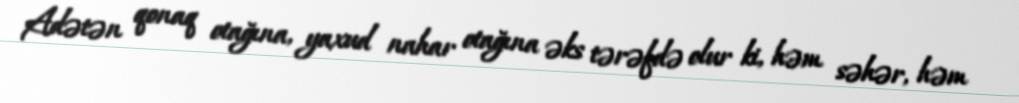
Adətən qonaq otağına, yaxud nahar otağına əks tərəfdə olur ki, həm səhər, həm